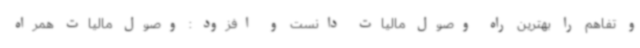
و تفاهم را بهترین راه وصول مالیات دانست و افزود : وصول مالیات همراه